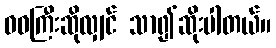
ဝဝကြီးဆိုလျှင် သာ၍ဆိုးပါတယ်။